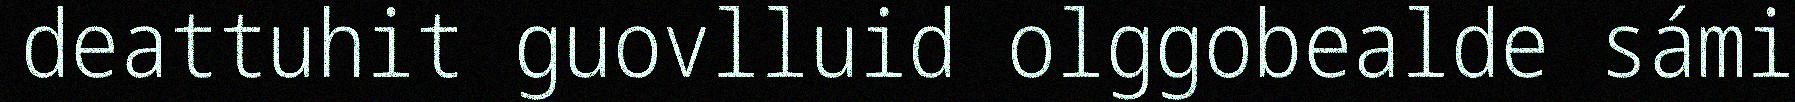
deattuhit guovlluid olggobealde sámi